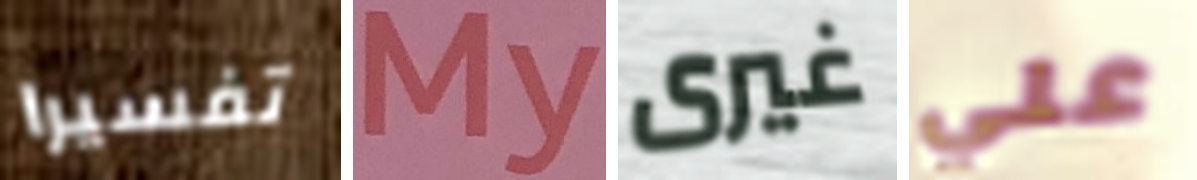
تفسيرا My غيرى علي